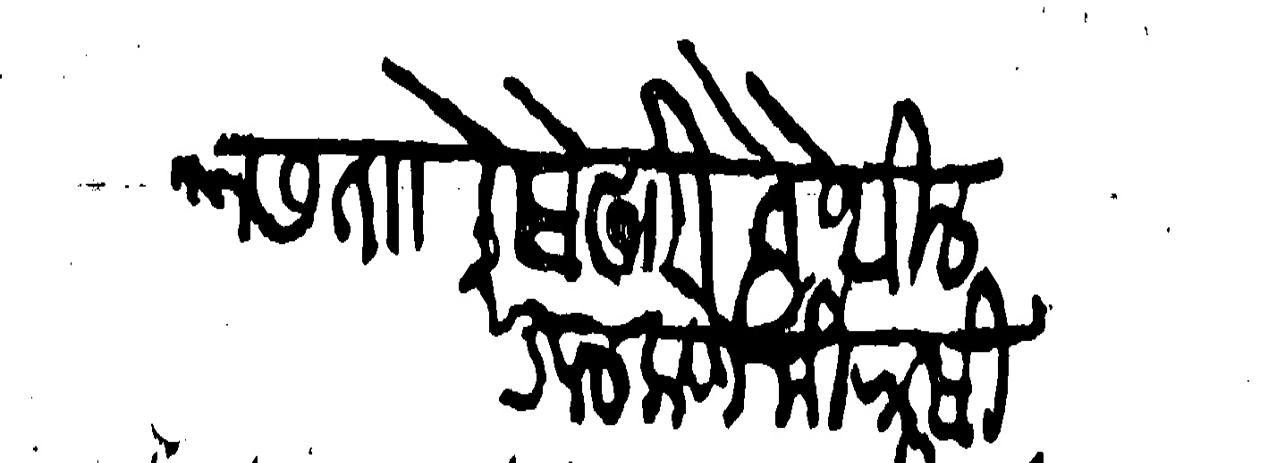
Transliteration (Devanagari):  ताा वेसेखारी तेथील कुलकर्णे मिरासी